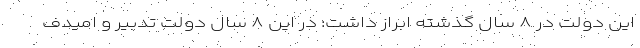
این دولت در ۸ سال گذشته ابراز داشت: در این ۸ سال دولت تدبیر و امیدف